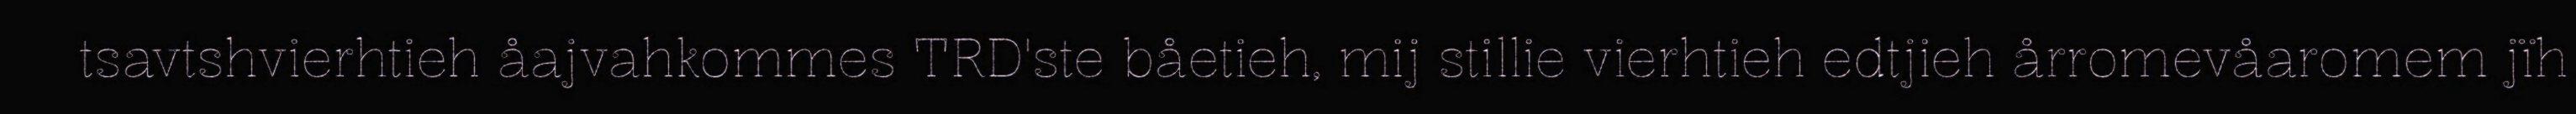
tsavtshvierhtieh åajvahkommes TRD'ste båetieh, mij stillie vierhtieh edtjieh årromevåaromem jïh